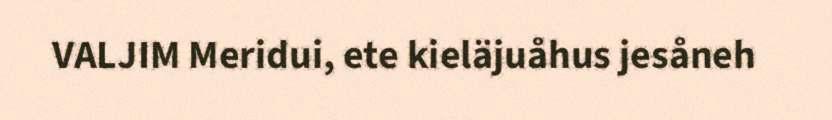
VALJIM Meridui, ete kieläjuåhus jesåneh